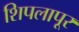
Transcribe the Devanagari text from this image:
शिपलापूर